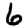
Digit: 6